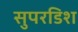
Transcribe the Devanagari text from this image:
सुपरडिश